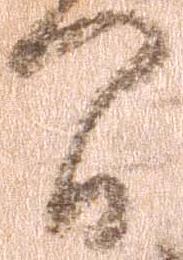
間